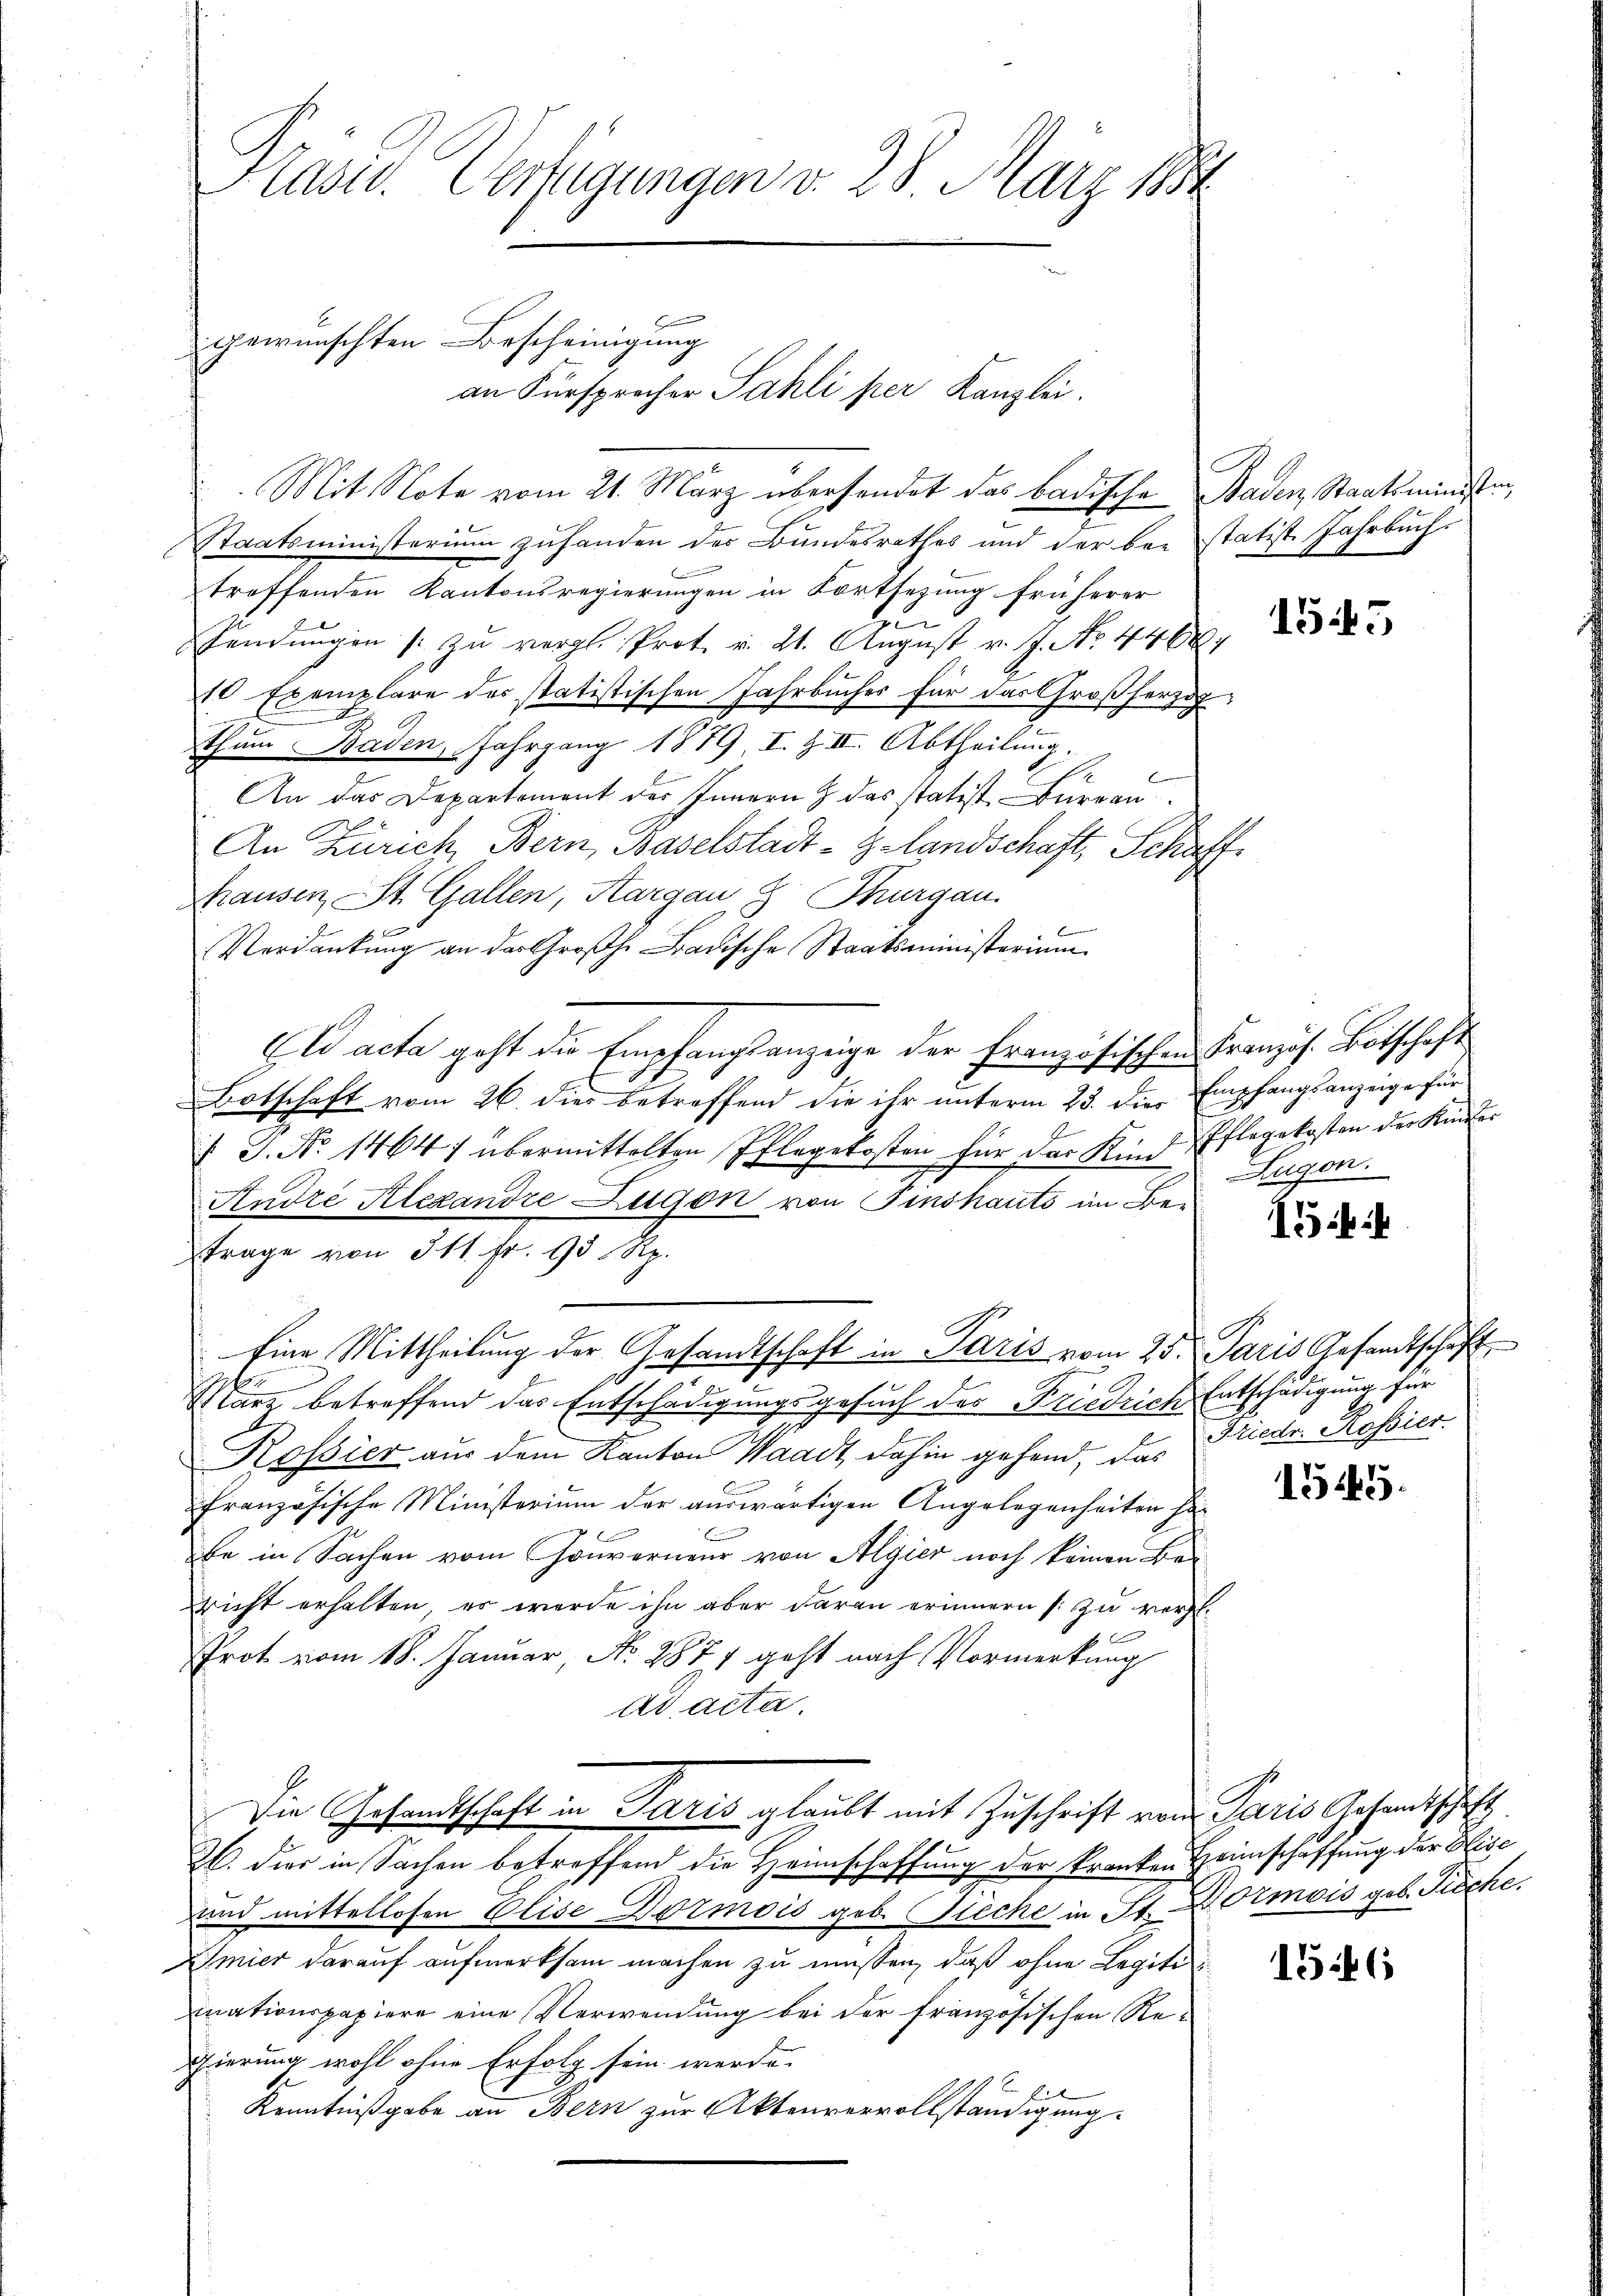
Kasu. Verfügungen v. 28. März 1884

Staatsministerium zuhanden der Bundesrathes und der bei statist. Jahrbuch-
.
treffenden Kantonsregierungen in Fortsezung früherer
ven
Sendungen u zŭ vergl. Prot. v. 21. August v. J. No. 44604
10 Exemplare des statistischen Jahrbuches für das Großherzogthum Baden, Fahrgang 1879 I. Z. II. Abtheilung.
e
An das Departement des Innern & das statist Bureau
An Zürich, Bern, Baselstadt-Gelandschaft, Schaffhausen St. Gallen, Aargau § Thurgau.
l
Verdankung an der Großh. Badische Staatsministerium
El acta geht die Empfangsanzeige der Französischen Kranzös. Botschaft
Botschaft vom 26. dies betreffend die ihr unterm 25. die Empfangsanzeige für
7 J. No 1464) übermittelten Pflegekosten für das Künf Pflegekosten der Kinder
Andre Alexandre Zugon von Finshauts im Be-
Frage von 311. Fr. 95 Rp.
Eine Mittheilung der Gesamtschaft in Paris vom 25. Paris Gesandtschaft
e
äre betreffend das Entschädigungsgesuch des Friedrich Entschädigung für
Kossier aus dem Kanton Waadt, dahin gehend, das
französische Ministerium der auswärtigen Angelegenheiten ha
be in Sachen vom Gouverneur von Algier noch keinen Be¬
Dricht erhalten, es werde ihn aber daran erinnern (: zu vergl.
Prot vom 18. Januar, No. 2877 geht nach Vormerkung
ad acta.
Die Gesandtschaft in Paris glaubt mit Zuschrift von Paris Gesandtschaft
2. dies in Sachen betreffend die Heimschaffung der kranken Heimschaffung der Bisc
und mittellosen Elise Dormois geb. Dieche in St. Lotmois geb. Tieche.
Amier darauf aufmerksam machen zu müssen, daß ohne Legiti
mnationspapiere eine Verwendung bei der französischen Re¬
Eierung wohl ohne Erfolg sein werde.
Kenntnißgabe an Bern zur Aktenvervollständigung.

gewünschten Bescheinigung

an Fürsprocher Sahli per Kanzlei.
Mit Note vom 21. März übersendet das badische Baden Staatsministen,

1545

Zugon.

154

Friedr. Rossier

1545.

1546